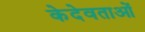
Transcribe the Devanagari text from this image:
केदेवताओं